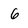
Character: 6